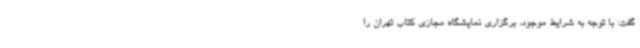
گفت: با توجه به شرایط موجود، برگزاری نمایشگاه مجازی کتاب تهران را